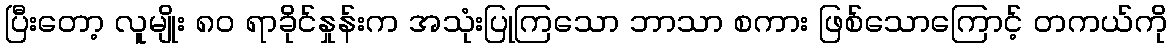
ပြီးတော့ လူမျိုး ၈၀ ရာခိုင်နှုန်းက အသုံးပြုကြသော ဘာသာ စကား ဖြစ်သောကြောင့် တကယ်ကို